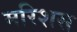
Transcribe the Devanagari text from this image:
मरिशस